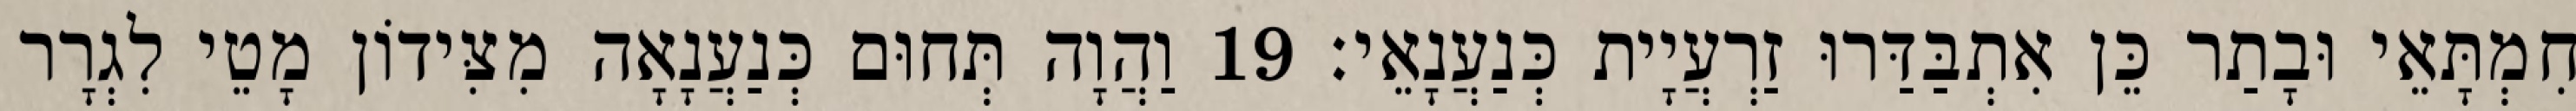
חִמְתָּאֵי וּבָתַר כֵּן אִתְבַּדַּרוּ זַרְעֲיָית כְּנַעֲנָאֵי׃ 19 וַהֲוָה תְּחוּם כְּנַעֲנָאָה מִצִּידוֹן מָטֵי לִגְרָר